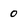
Character: 0